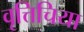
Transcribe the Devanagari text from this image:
वृत्तिचिया